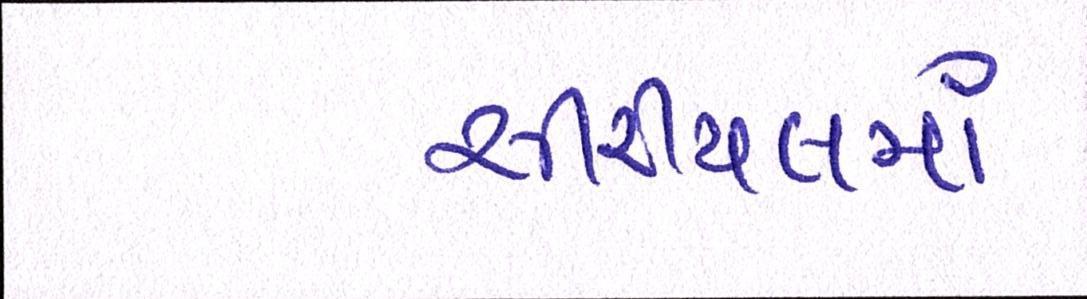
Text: સીરીયલમાં